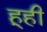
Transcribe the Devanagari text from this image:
हूही